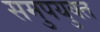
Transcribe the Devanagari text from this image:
समुपयुक्त